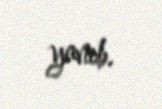
yanıb.